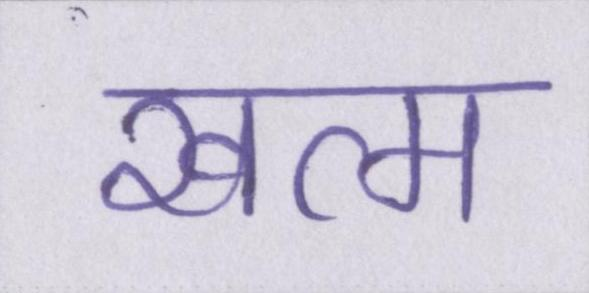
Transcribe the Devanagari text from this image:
खत्म